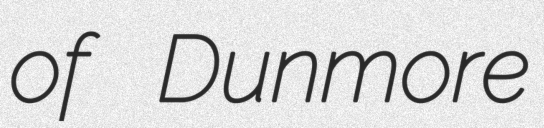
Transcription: of Dunmore